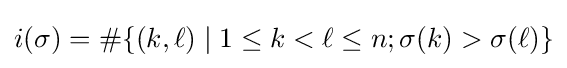
i(\sigma )=\#\{(k,\ell )\mid 1\leq k<\ell \leq n;\sigma (k)>\sigma (\ell )\}